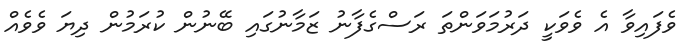
ވެފައިވާ އެ ވެވަކީ ދަރުމަވަންތަ ރަސްގެފާނު ޒަމާނުގައި ބޭނުން ކުރަމުން ދިޔަ ވެވެއް